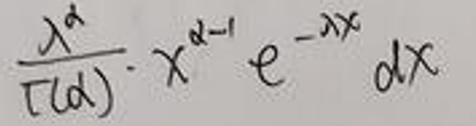
\frac{\lambda^{\alpha}}{\Gamma(\alpha)} \cdot x^{\alpha - 1} e^{-\lambda x} dx